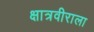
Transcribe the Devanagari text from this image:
क्षात्रवीराला